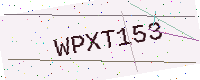
Text: WPXT153